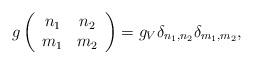
LaTeX: \begin{align*}g\left(\begin{array}{cc} n_1 & n_2 \\ m_1 & m_2 \end{array}\right)=g_{V}\delta_{n_1,n_2}\delta_{m_1,m_2},\end{align*}